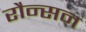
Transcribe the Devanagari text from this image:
रौन्सन